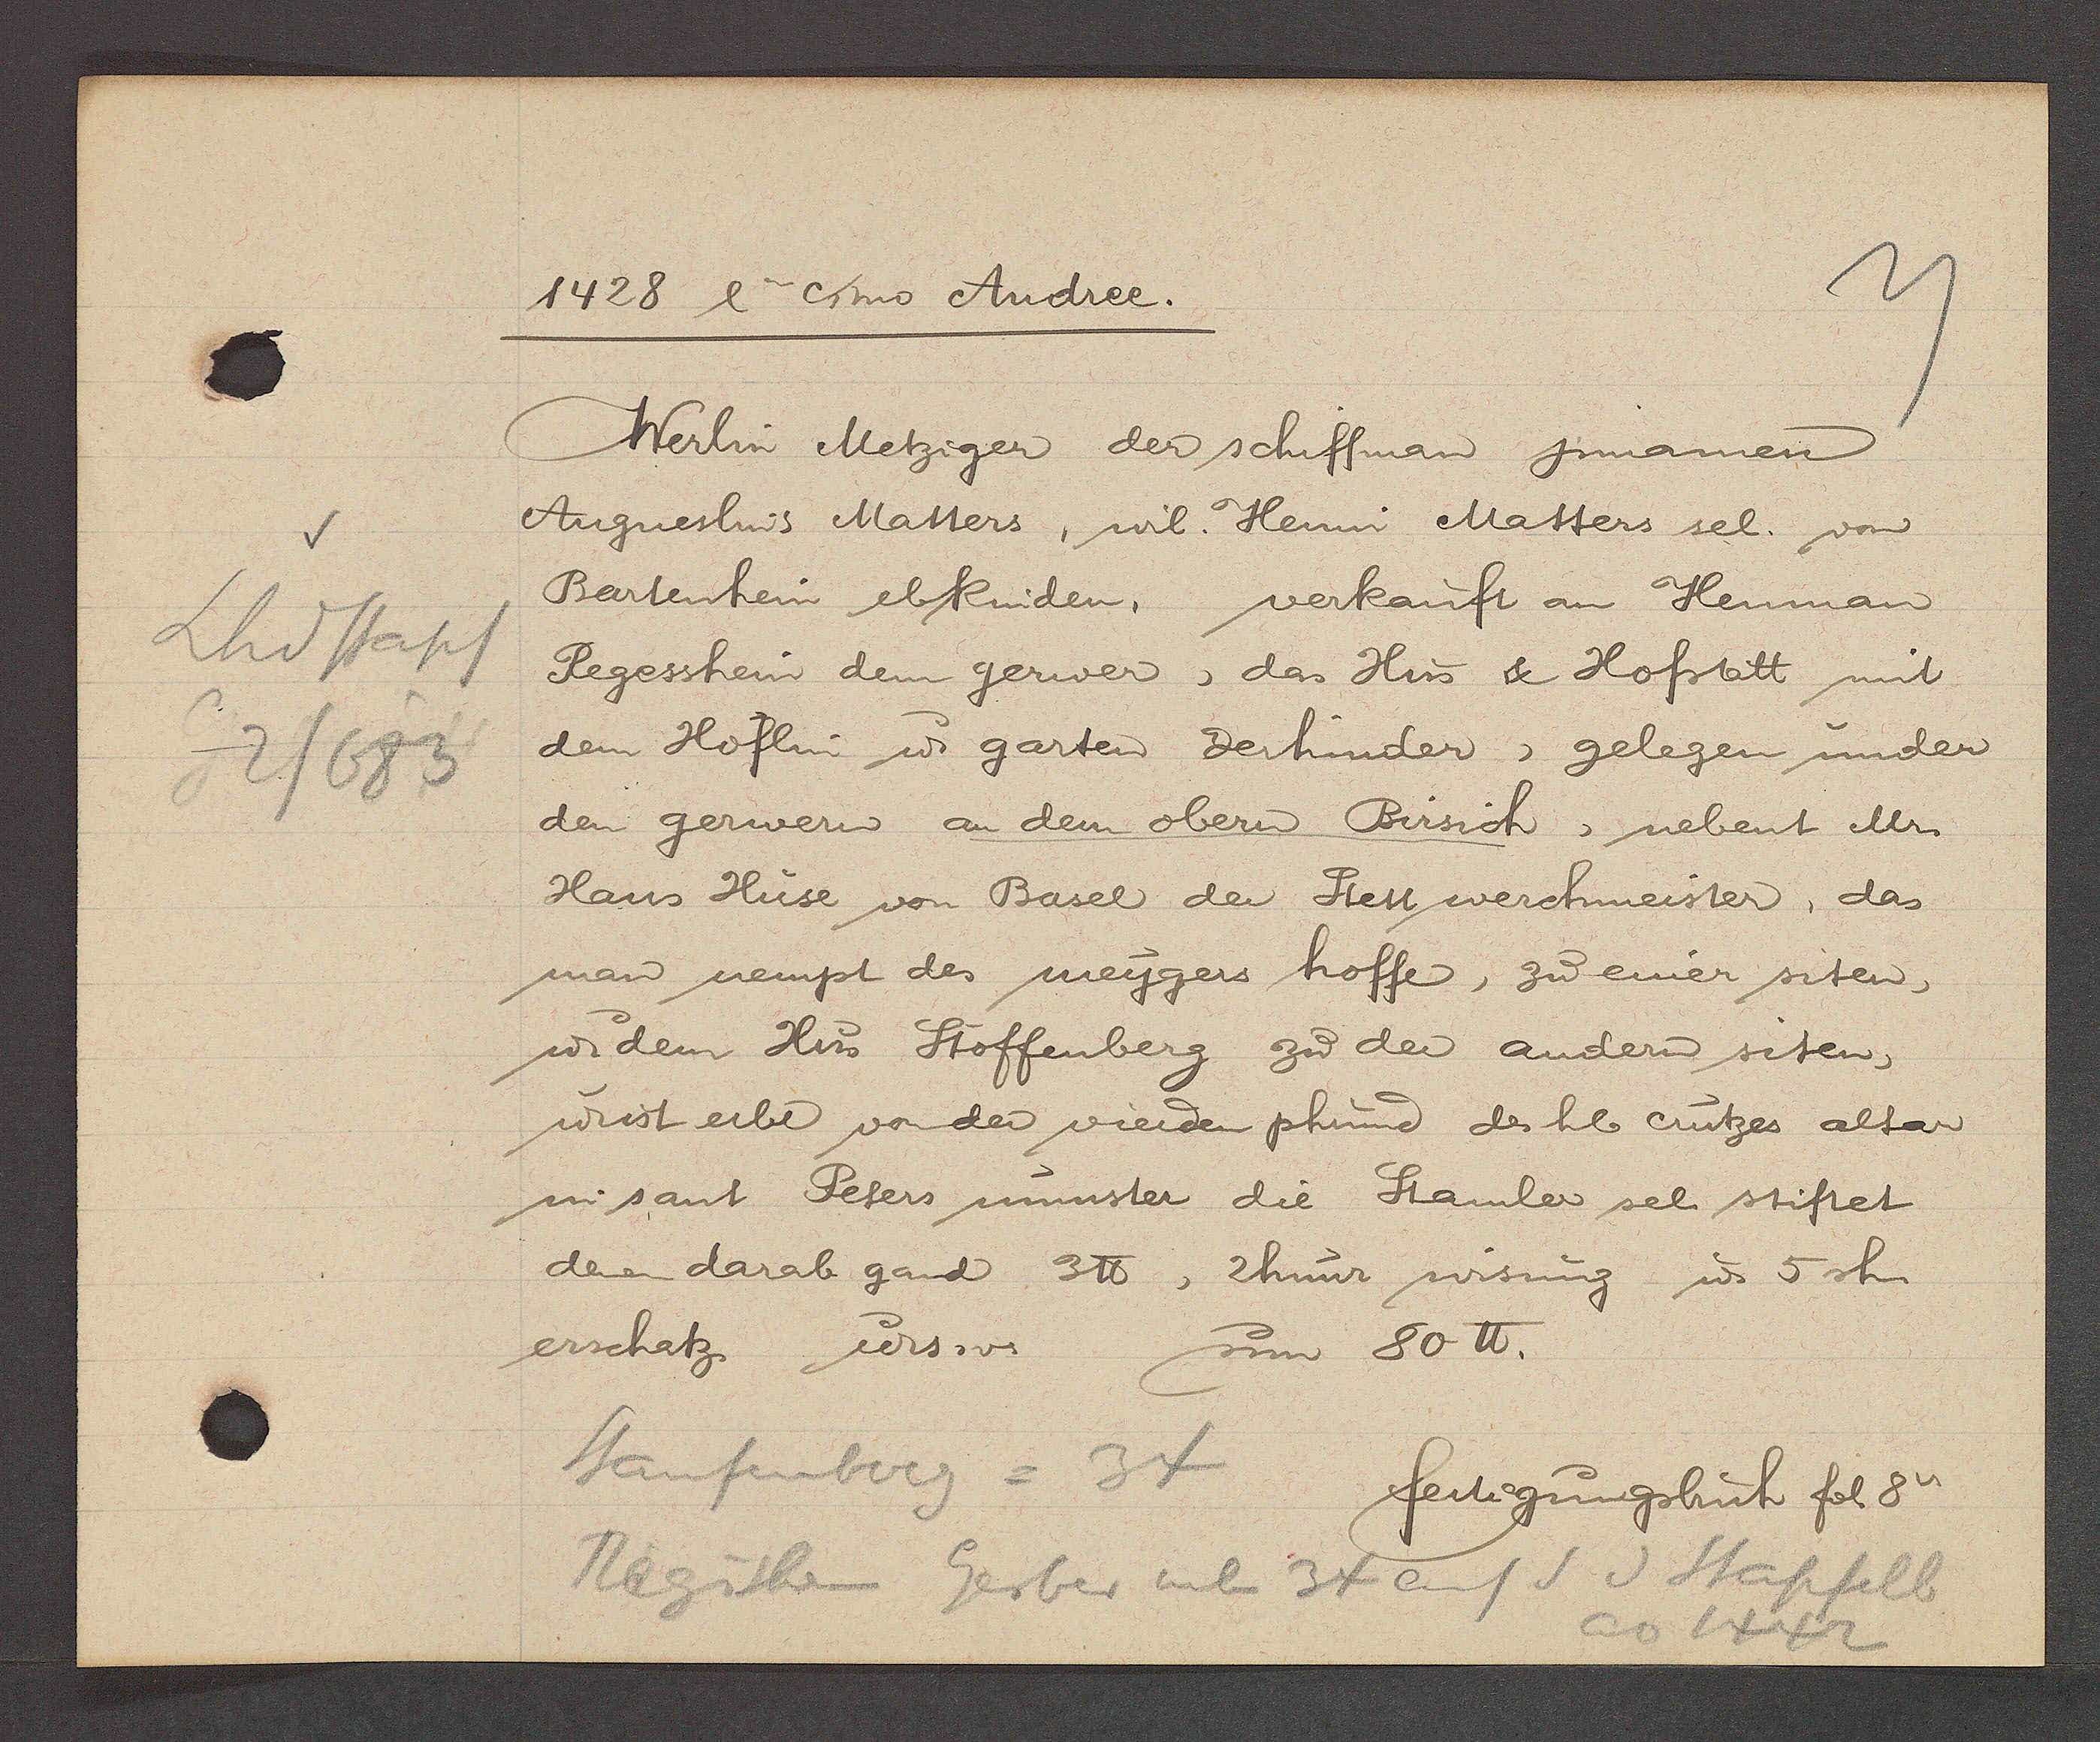
Transcript:
Lhdstapf
2/683

1428 4a cimo Andree.

Werlin Metziger der schiffman jnmanen
Angneslins Matters, wil. Henni Matters sel. von
Bertenhein ebkinden, verkauft an Henman
Regesshein dem gerwer, das Hus & Hofstatt mit
dem Hoflin u. garten derhinder, gelegen under
den gerwern an dem obern Birsich, nebent Mr
Hans Huse von Basel der Stett werchmeister, das
man nempt des meygers hoffe, zu einer siten,
u. dem Hus Stoffenberg zu der andern siten,
wist erbe von den vierden phund des hl crutzes altar
im sant Peters munster die Stamler sel. stiftet
denen darab gand 3℔, 2 hunr wisung u. 5 sh.
erschatz, urs.v um 80℔.

Staufenberg = 34

fertigungsbuch fol. 8.

Regishein Gerber neben 34 auf S v Stapfelb
ao 1442